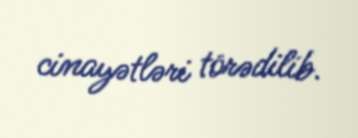
cinayətləri törədilib.